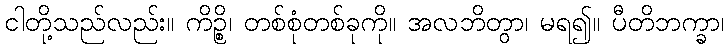
ငါတို့သည်လည်း။ ကိဉ္စိ၊ တစ်စုံတစ်ခုကို။ အလဘိတွာ၊ မရ၍။ ပီတိဘက္ခာ၊